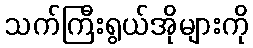
သက်ကြီးရွယ်အိုများကို